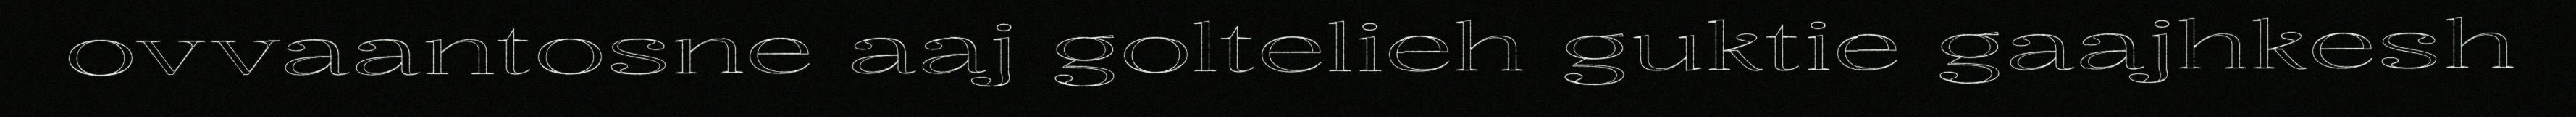
ovvaantosne aaj goltelieh guktie gaajhkesh